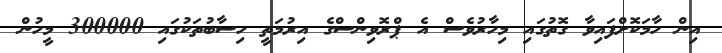
އިން ހާމަކޮށްފައިވާ ގޮތުގައި މިހާރުވެސް އެ ޕްރޮވިންސްގެ އިރުމަތީ ހިސާބުތަކުގައި 300000 މީހުން